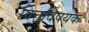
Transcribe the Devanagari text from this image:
वित्तविषयक